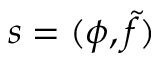
s = ( \phi , \tilde { f } )